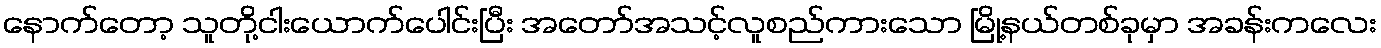
နောက်တော့ သူတို့ငါးယောက်ပေါင်းပြီး အတော်အသင့်လူစည်ကားသော မြို့နယ်တစ်ခုမှာ အခန်းကလေး